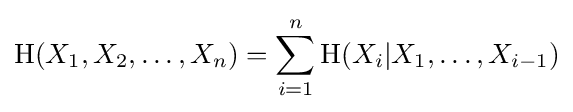
\mathrm {H} (X_{1},X_{2},\ldots ,X_{n})=\sum _{i=1}^{n}\mathrm {H} (X_{i}|X_{1},\ldots ,X_{i-1})